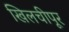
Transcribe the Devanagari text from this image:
खिलचीपूर